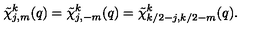
\tilde { \chi } _ { j , m } ^ { k } ( q ) = \tilde { \chi } _ { j , - m } ^ { k } ( q ) = \tilde { \chi } _ { k / 2 - j , k / 2 - m } ^ { k } ( q ) .